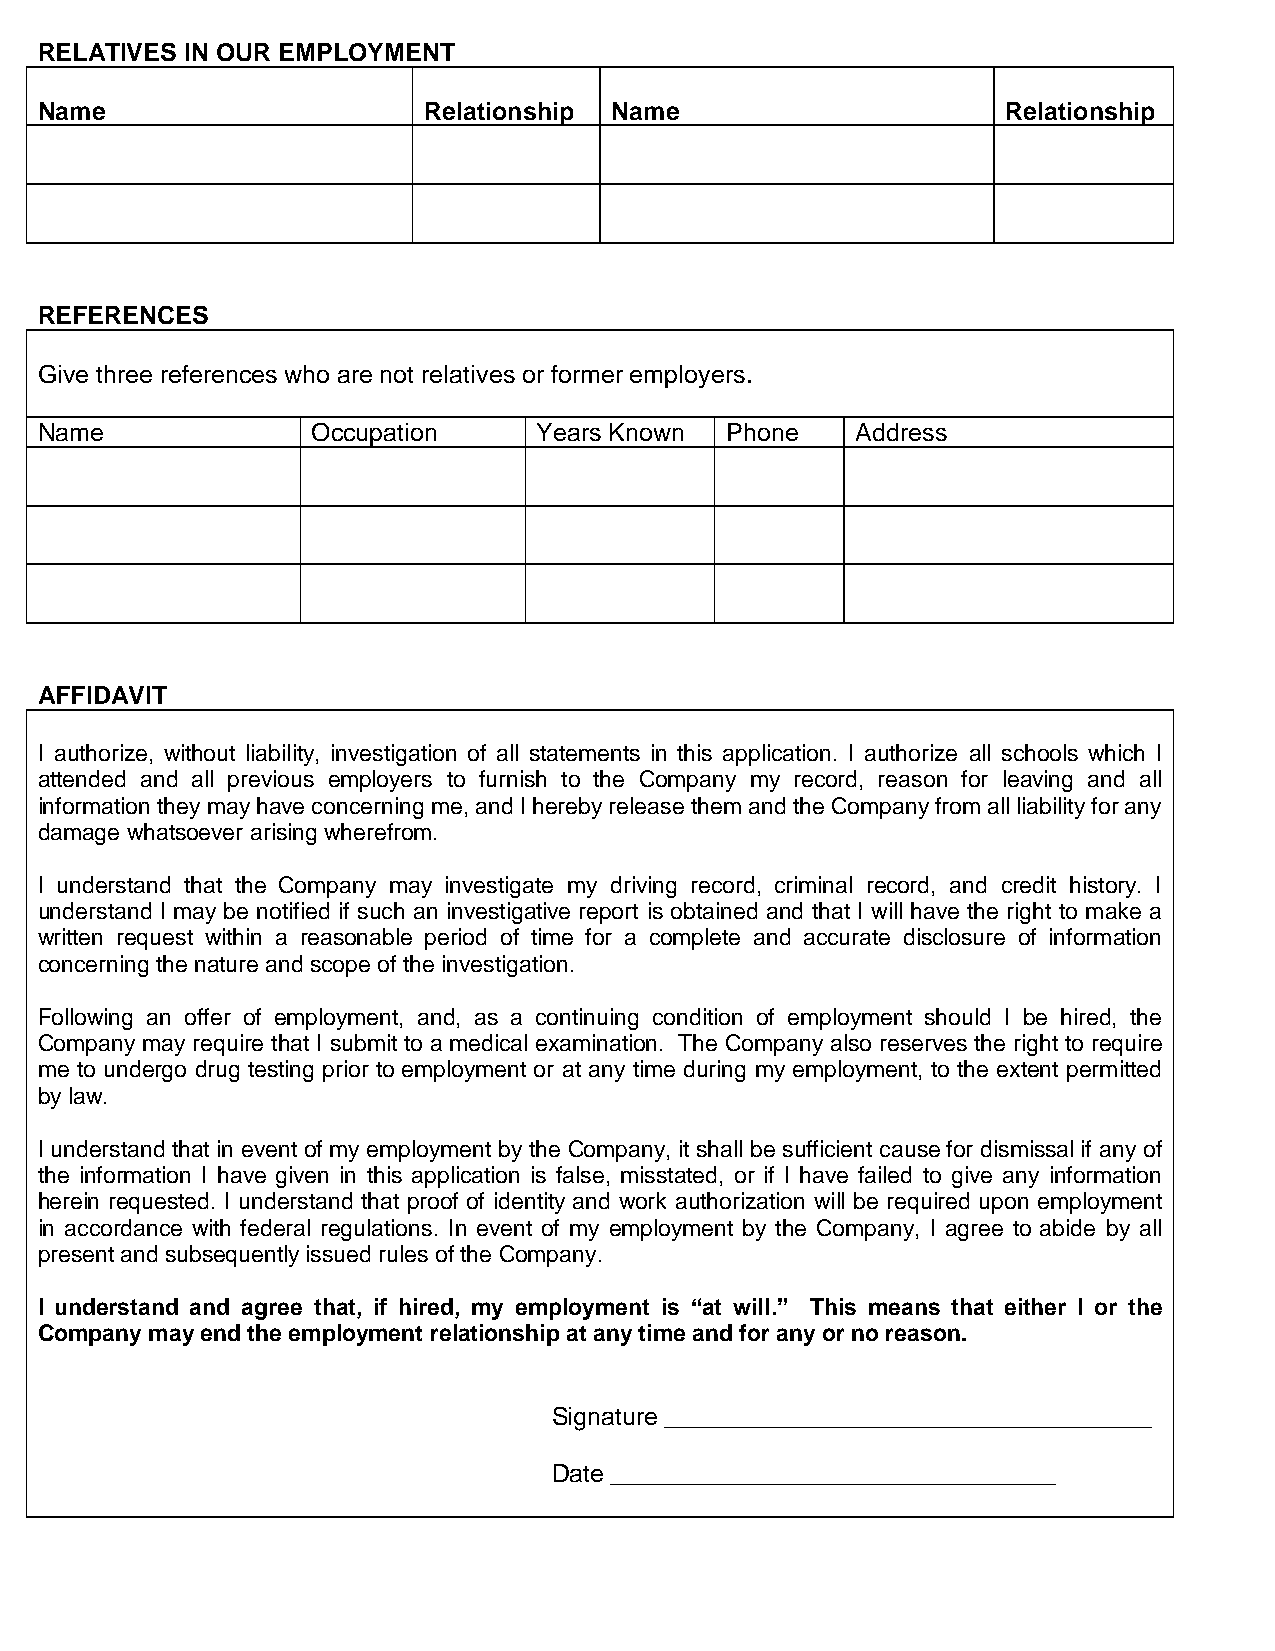
RELATIVES IN OUR EMPLOYMENT
 Name                      Relationship Name                      Relationship
 REFERENCES
 Give three references who are not relatives or former employers.
 Name               Occupation     Years Known Phone    Address
 AFFIDAVIT
 I authorize, without liability, investigation of all statements in this application. I authorize all schools which I
 attended and all previous employers to furnish to the Company my record, reason for leaving and all
 information they may have concerning me, and I hereby release them and the Company from all liability for any
 damage whatsoever arising wherefrom.
 I understand that the Company may investigate my driving record, criminal record, and credit history. I
 understand I may be notified if such an investigative report is obtained and that I will have the right to make a
 written request within a reasonable period of time for a complete and accurate disclosure of information
 concerning the nature and scope of the investigation.
 Following an offer of employment, and, as a continuing condition of employment should I be hired, the
 Company may require that I submit to a medical examination. The Company also reserves the right to require
 me to undergo drug testing prior to employment or at any time during my employment, to the extent permitted
 by law.
 I understand that in event of my employment by the Company, it shall be sufficient cause for dismissal if any of
 the information I have given in this application is false, misstated, or if I have failed to give any information
 herein requested. I understand that proof of identity and work authorization will be required upon employment
 in accordance with federal regulations. In event of my employment by the Company, I agree to abide by all
 present and subsequently issued rules of the Company.
 I understand and agree that, if hired, my employment is “at will.” This means that either I or the
 Company may end the employment relationship at any time and for any or no reason.
 Signature ___________________________________
 Date ________________________________